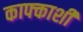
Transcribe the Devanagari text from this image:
काफ्काशी